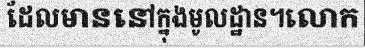
ដែលមាននៅក្នុងមូលដ្ឋាន។លោក